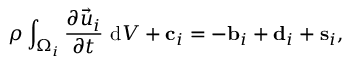
\rho \int _ { \Omega _ { i } } \frac { \partial \vec { u } _ { i } } { \partial t } \ \mathrm { d } V + \mathbf { { c } } _ { i } = - \mathbf { { b } } _ { i } + \mathbf { { d } } _ { i } + \mathbf { { s } } _ { i } ,